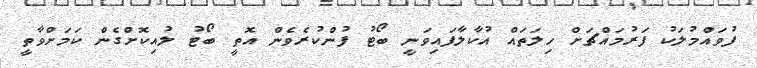
ފުވައްމުލަކު ފަރުމައްޗަށް ހިލަތައް އުކާލާފައިވަނީ ބޯޓު ފުންކުރެވެން އޮތީ ބޯޓު ލުއިކޮށްގެން ކަމަށްވާތީ